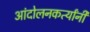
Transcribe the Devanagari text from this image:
आंदोलनकर्त्यांनी